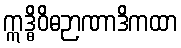
ဣဒ္ဓိဝိဓဉာဏာဒိကထာ